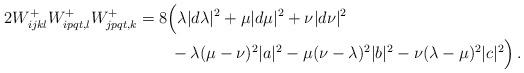
LaTeX: \begin{align*}2W^{+}_{ijkl}W^{+}_{ipqt,l}W^{+}_{jpqt,k} &= 8 \Big(\lambda |d\lambda|^{2}+\mu|d\mu|^{2}+\nu|d\nu|^{2}\\&\quad\quad-\lambda(\mu-\nu)^{2}|a|^{2}-\mu(\nu-\lambda)^{2}|b|^{2}-\nu(\lambda-\mu)^{2}|c|^{2}\Big)\,.\end{align*}